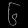
Digit: ၆